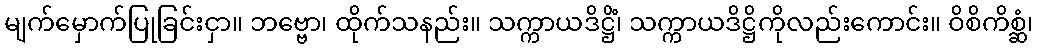
မျက်မှောက်ပြုခြင်းငှာ။ ဘဗ္ဗော၊ ထိုက်သနည်း။ သက္ကာယဒိဋ္ဌိံ၊ သက္ကာယဒိဋ္ဌိကိုလည်းကောင်း။ ဝိစိကိစ္ဆံ၊